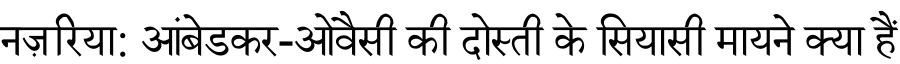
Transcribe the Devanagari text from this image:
नज़रिया: आंबेडकर-ओवैसी की दोस्ती के सियासी मायने क्या हैं